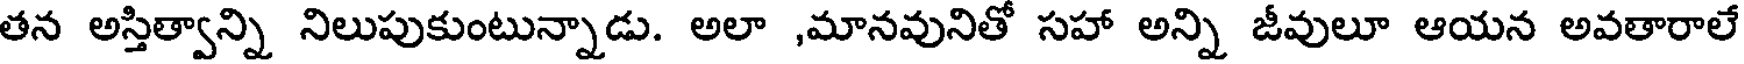
తన అస్తిత్వాన్ని నిలుపుకుంటున్నాడు. అలా ,మానవునితో సహా అన్ని జీవులూ ఆయన అవతారాలే